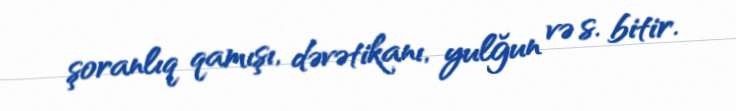
şoranlıq qamışı, dəvətikanı, yulğun və s. bitir.